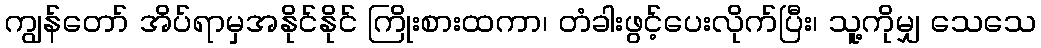
ကျွန်တော် အိပ်ရာမှအနိုင်နိုင် ကြိုးစားထကာ၊ တံခါးဖွင့်ပေးလိုက်ပြီး၊ သူ့ကိုမျှ သေသေ